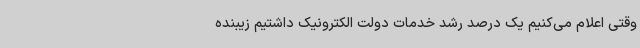
وقتی اعلام می‌کنیم یک درصد رشد خدمات دولت الکترونیک داشتیم زیبنده